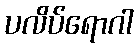
ပလိပ်ရောဂါ